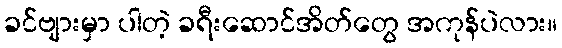
ခင်ဗျားမှာ ပါတဲ့ ခရီးဆောင်အိတ်တွေ အကုန်ပဲလား။